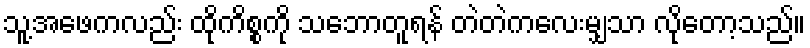
သူ့အဖေကလည်း ထိုကိစ္စကို သဘောတူရန် တဲတဲကလေးမျှသာ လိုတော့သည်။